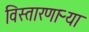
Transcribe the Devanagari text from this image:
विस्तारणाऱ्या